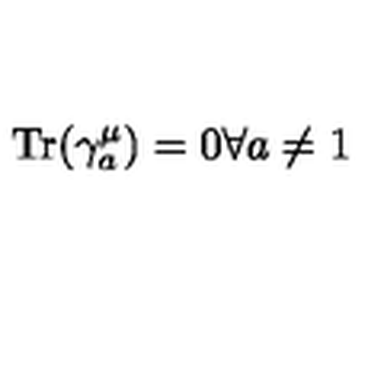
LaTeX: { \mathrm { T r } } ( \gamma _ { a } ^ { \mu } ) = 0 \forall a \not = 1